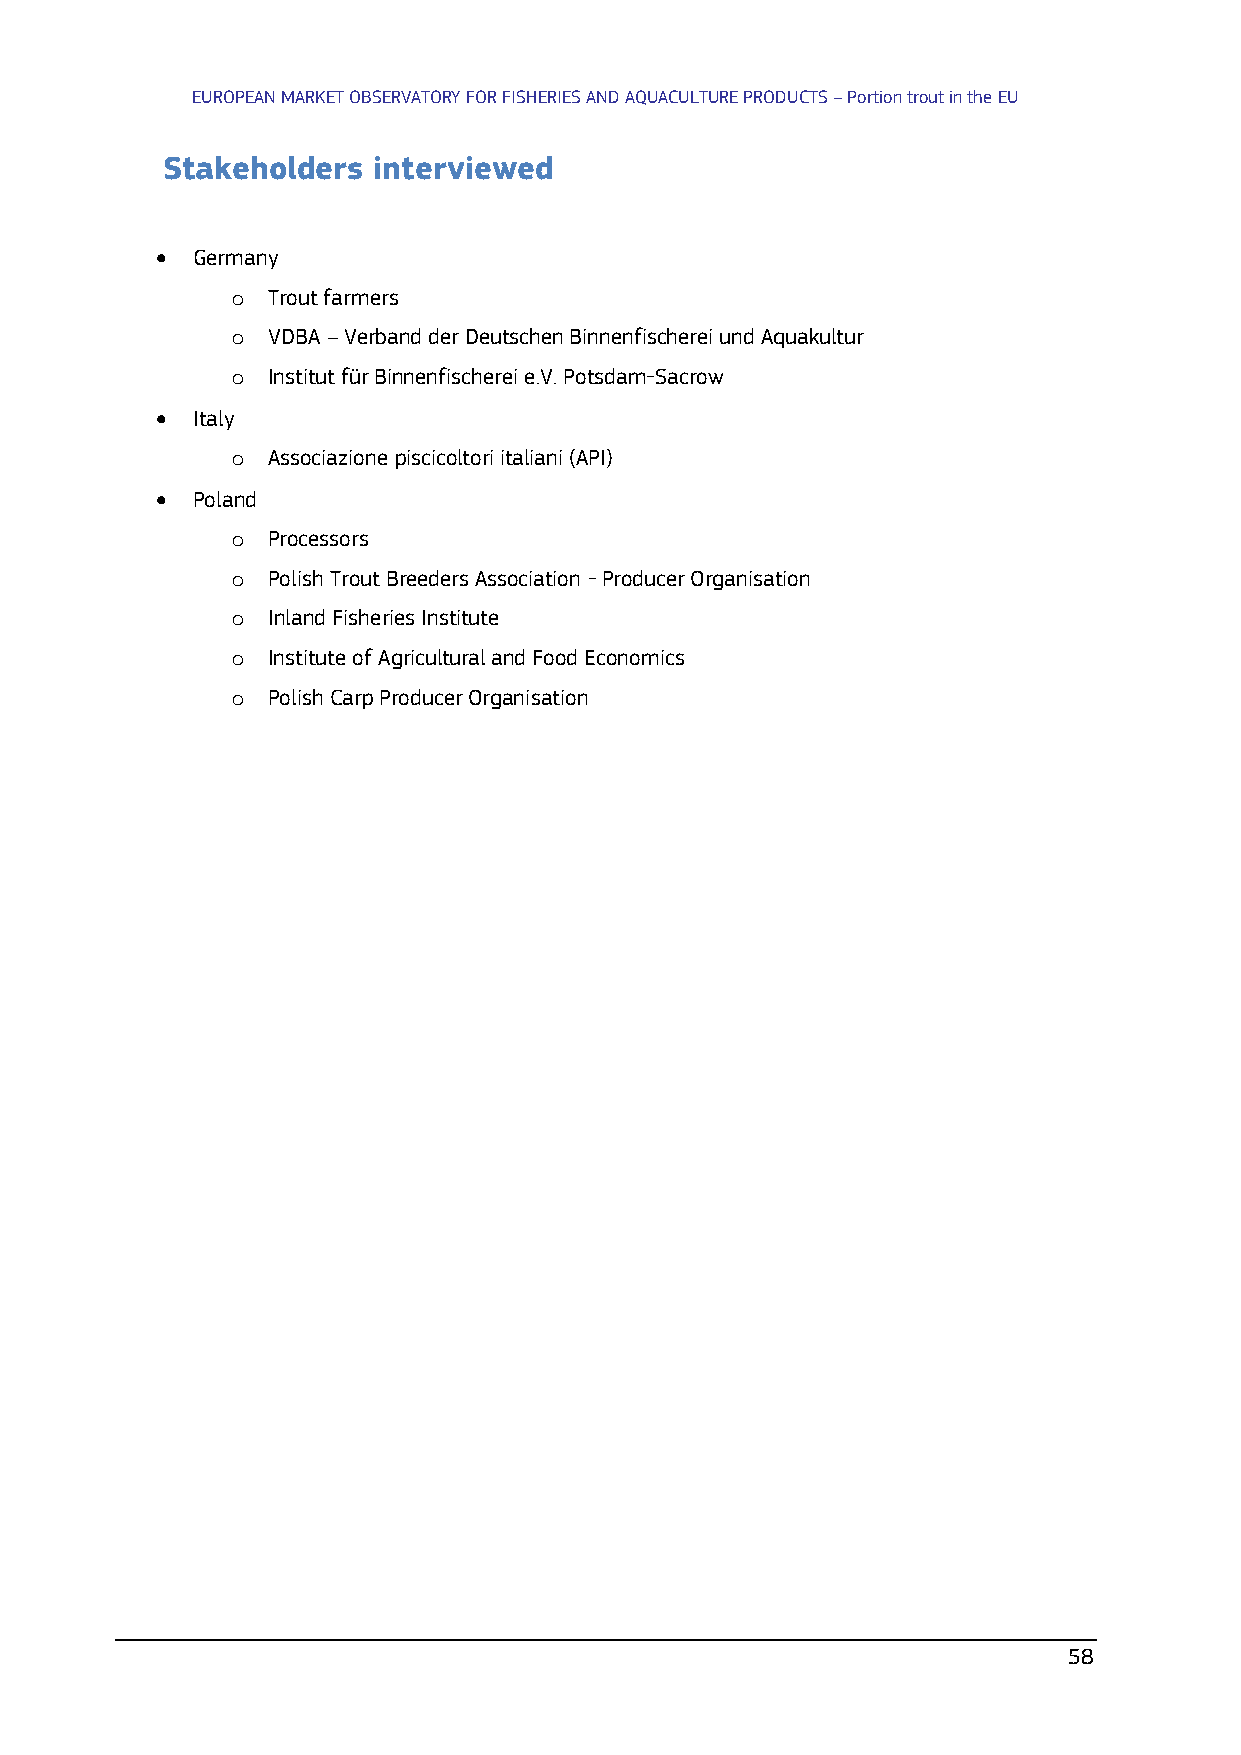
EUROPEAN MARKET OBSERVATORY FOR FISHERIES AND AQUACULTURE PRODUCTS – Portion trout in the EU
 Stakeholders  interviewed
 •  Germany
 o  Trout farmers
 o  VDBA – Verband der Deutschen Binnenfischerei und Aquakultur
 o  Institut für Binnenfischerei e.V. Potsdam-Sacrow
 •  Italy
 o  Associazione piscicoltori italiani (API)
 •  Poland
 o  Processors
 o  Polish Trout Breeders Association - Producer Organisation
 o  Inland Fisheries Institute
 o  Institute of Agricultural and Food Economics
 o  Polish Carp Producer Organisation
 58